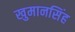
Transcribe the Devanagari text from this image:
खुमानसिंह